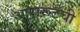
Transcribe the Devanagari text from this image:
आरारूटची